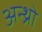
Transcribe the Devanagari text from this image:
अन्थ्रो